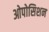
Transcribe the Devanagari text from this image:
ओपोसिशन